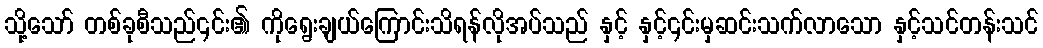
သို့သော် တစ်ခုစီသည်၎င်း၏ ကိုရွေးချယ်ကြောင်းသိရန်လိုအပ်သည် နှင့် နှင့်၎င်းမှဆင်းသက်လာသော နှင့်သင်တန်းသင်